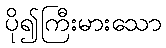
ပို၍ကြီးမားသော